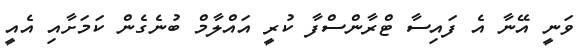
ވަނީ އޭނާ އެ ފައިސާ ޓްރާންސްފާ ކުރީ އައްލާމް ބުނެގެން ކަމަށާއި އެއީ